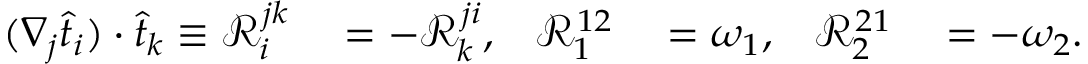
\begin{array} { r l r l r l } { ( \nabla _ { j } \widehat { t } _ { i } ) \cdot \widehat { t } _ { k } \equiv \mathcal { R } _ { i } ^ { j k } } & { { } = - \mathcal { R } _ { k } ^ { j i } , } & { \mathcal { R } _ { 1 } ^ { 1 2 } } & { { } = \omega _ { 1 } , } & { \mathcal { R } _ { 2 } ^ { 2 1 } } & { { } = - \omega _ { 2 } . } \end{array}